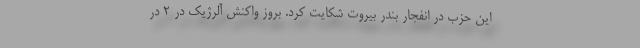
این حزب در انفجار بندر بیروت شکایت کرد. بروز واکنش آلرژیک در ۲ در